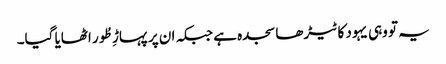
یہ تو وہی یہود کا ٹیڑھا سجدہ ہے جبکہ ان پر پہاڑِ طُور اٹھایا گیا۔